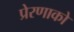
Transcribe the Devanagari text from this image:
प्रेरणाको